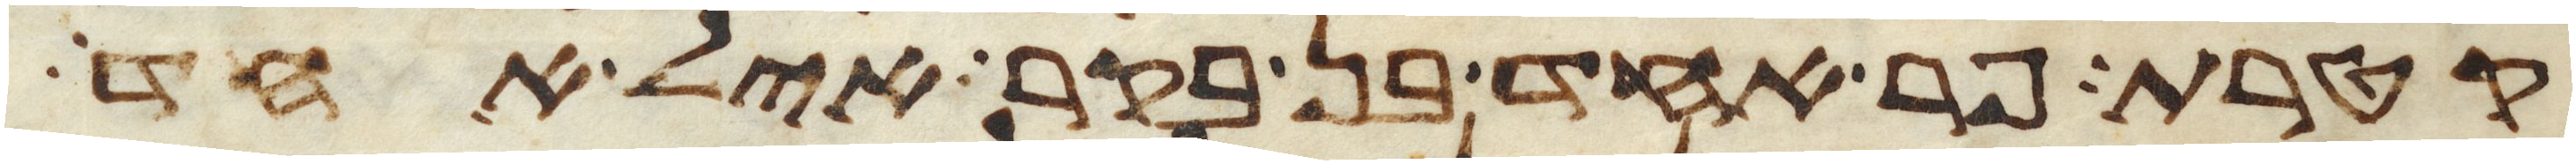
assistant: קטרת פר אחד בן בקר איל אחד